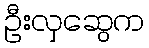
ဦးလှဆွေက